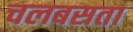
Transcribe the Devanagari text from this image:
चलबसता